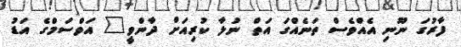
ފާރުގަ ނޫނި އެއްވެސް ތަނެއްގަ އަތް ނުލާ ކުރިއަށް ދާންވީ" އަވްސަމްގެ އަޑު